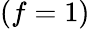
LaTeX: (f=1)